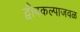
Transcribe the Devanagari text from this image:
द्वीपकल्पाजवळ